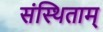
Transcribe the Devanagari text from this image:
संस्थिताम्‌